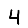
Digit: 4